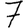
Digit: 7